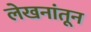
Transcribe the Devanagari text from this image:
लेखनांतून